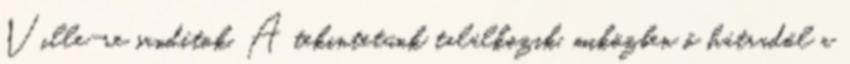
Ville-re sandítok. A tekintetünk találkozik, miközben ő hátradől a